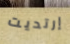
إرتديت